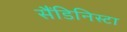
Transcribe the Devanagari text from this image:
सैंडिनिस्टा